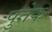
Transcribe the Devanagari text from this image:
पुतेक